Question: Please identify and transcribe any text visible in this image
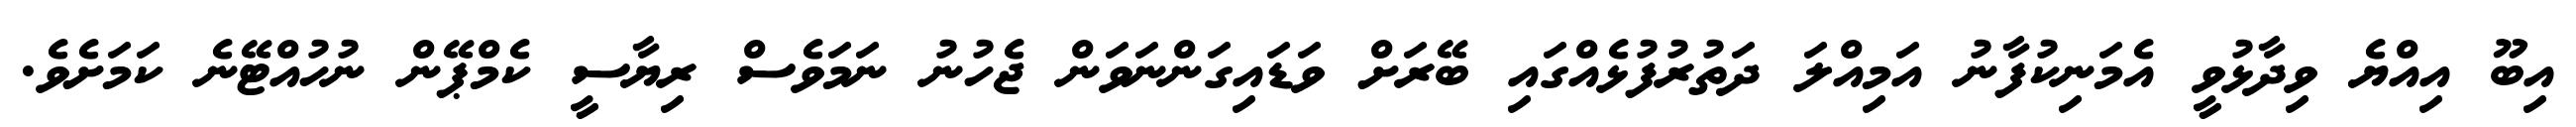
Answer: އިބޫ އިއްޔެ ވިދާޅުވީ އެމަނިކުފާނު އަމިއްލަ ދަތުރުފުޅެއްގައި ބޭރަށް ވަޑައިގަންނަވަން ޖެހުނު ނަމަވެސް ރިޔާސީ ކެމްޕޭން ނުހުއްޓޭނެ ކަމަށެވެ.